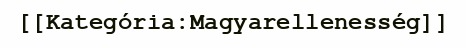
[[Kategória:Magyarellenesség]]